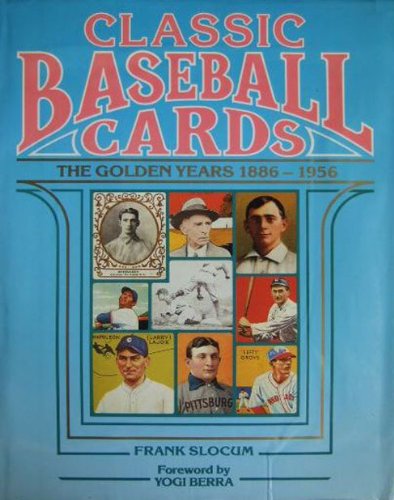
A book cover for Classic baseball cards: The golden years, 1886-1956; Frank Slocum; Crafts, Hobbies & Home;